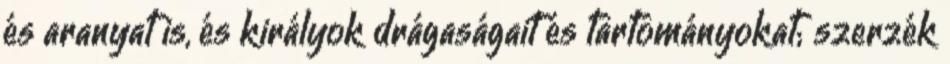
és aranyat is, és királyok drágaságait és tartományokat; szerzék